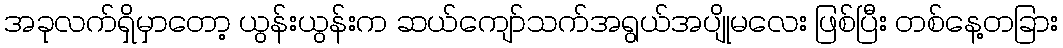
အခုလက်ရှိမှာတော့ ယွန်းယွန်းက ဆယ်ကျော်သက်အရွယ်အပျိုမလေး ဖြစ်ပြီး တစ်နေ့တခြား